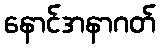
နောင်အနာဂတ်